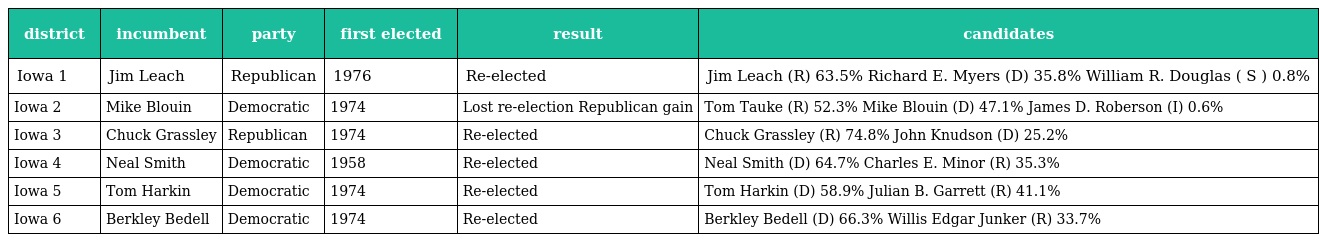
| district | incumbent | party | first elected | result | candidates |
 | --- | --- | --- | --- | --- | --- |
 | Iowa 1 | Jim Leach | Republican | 1976 | Re-elected | Jim Leach (R) 63.5% Richard E. Myers (D) 35.8% William R. Douglas ( S ) 0.8% |
 | Iowa 2 | Mike Blouin | Democratic | 1974 | Lost re-election Republican gain | Tom Tauke (R) 52.3% Mike Blouin (D) 47.1% James D. Roberson (I) 0.6% |
 | Iowa 3 | Chuck Grassley | Republican | 1974 | Re-elected | Chuck Grassley (R) 74.8% John Knudson (D) 25.2% |
 | Iowa 4 | Neal Smith | Democratic | 1958 | Re-elected | Neal Smith (D) 64.7% Charles E. Minor (R) 35.3% |
 | Iowa 5 | Tom Harkin | Democratic | 1974 | Re-elected | Tom Harkin (D) 58.9% Julian B. Garrett (R) 41.1% |
 | Iowa 6 | Berkley Bedell | Democratic | 1974 | Re-elected | Berkley Bedell (D) 66.3% Willis Edgar Junker (R) 33.7% |